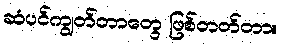
ဆံပင်ကျွတ်တာတွေ ဖြစ်တတ်တာ။